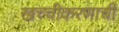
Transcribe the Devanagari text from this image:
खच्चीकरणाची